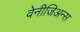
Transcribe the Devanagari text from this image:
वेनीजिअन्स